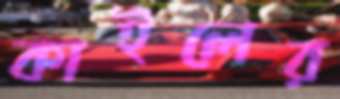
কাইলের